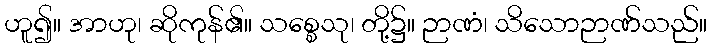
ဟူ၍။ အာဟု၊ ဆိုကုန်၏။ သစ္စေသု၊ တို့၌။ ဉာဏံ၊ သိသောဉာဏ်သည်။